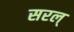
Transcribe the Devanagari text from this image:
सरल्